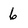
Character: 6